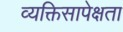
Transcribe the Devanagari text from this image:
व्यक्तिसापेक्षता